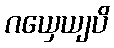
ဂယှေယျပိ